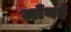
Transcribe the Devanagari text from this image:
जाँवई